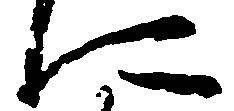
に